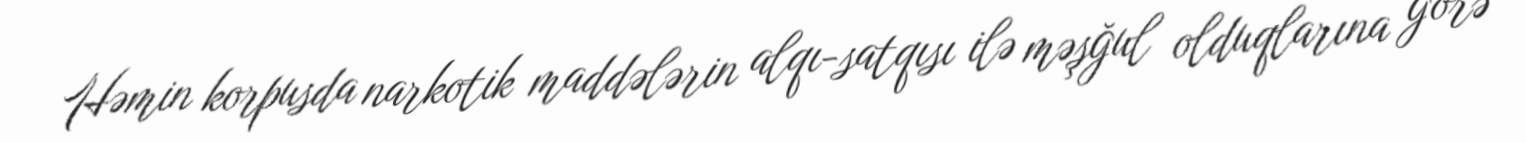
Həmin korpusda narkotik maddələrin alqı-satqısı ilə məşğul olduqlarına görə